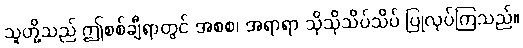
သူတို့သည် ဤစစ်ချီရာတွင် အစစ၊ အရာရာ သိုသိုသိပ်သိပ် ပြုလုပ်ကြသည်။